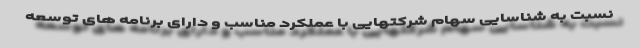
نسبت به شناسایی سهام شرکتهایی با عملکرد مناسب و دارای برنامه های توسعه